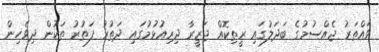
ވައްތަރު ޖެއްސުމުގެ ބަދަލުގައި ރީތިކޮއް ޖަޒީރާ ދިރިއުޅުމުގައި ދަތުރު ފަތުރު ތަކުން ދިވެހިން